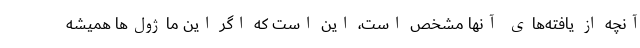
آنچه از یافته‌های آنها مشخص است، این است که اگر این ماژول‌ها همیشه